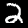
Digit: 2